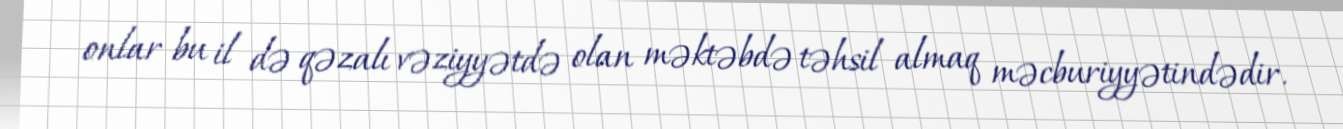
onlar bu il də qəzalı vəziyyətdə olan məktəbdə təhsil almaq məcburiyyətindədir.